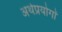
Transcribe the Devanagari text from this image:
अर्थप्रयोगों